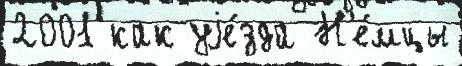
2001 как уjе́зда Н'е́мцы